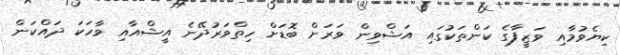
ކިޔެވުމާއި ވަޒީފާގެ ކަންތަކުގައި އަޝްވިން ވަރަށް ބޮޑަށް ހިތްވަރުދޭނެ އީޝްއާއި ވާހަކަ ދައްކަން